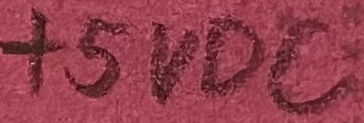
Text: +5VDC